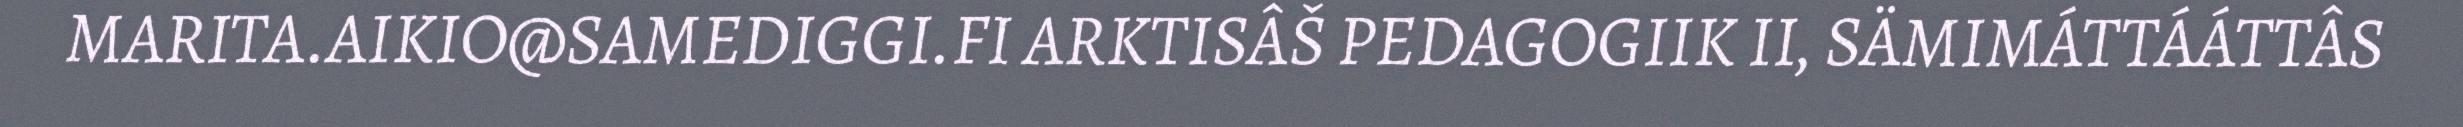
MARITA.AIKIO@SAMEDIGGI.FI ARKTISÂŠ PEDAGOGIIK II, SÄMIMÁTTÁÁTTÂS